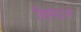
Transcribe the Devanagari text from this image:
विमेदाभ